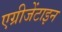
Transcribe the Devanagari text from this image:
एग्रीजेंटाइन